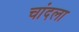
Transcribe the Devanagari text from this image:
चांदला